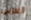
الغربى